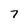
Character: 7